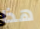
هذا